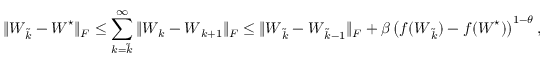
\| \boldsymbol { W } _ { \widetilde k } - \boldsymbol { W } ^ { \star } \| _ { F } \leq \sum _ { k = \widetilde k } ^ { \infty } \| \boldsymbol { W } _ { k } - \boldsymbol { W } _ { k + 1 } \| _ { F } \leq \| \boldsymbol { W } _ { \widetilde k } - \boldsymbol { W } _ { \widetilde k - 1 } \| _ { F } + \beta \left( f ( \boldsymbol { W } _ { \widetilde k } ) - f ( \boldsymbol { W } ^ { \star } ) \right) ^ { 1 - \theta } ,